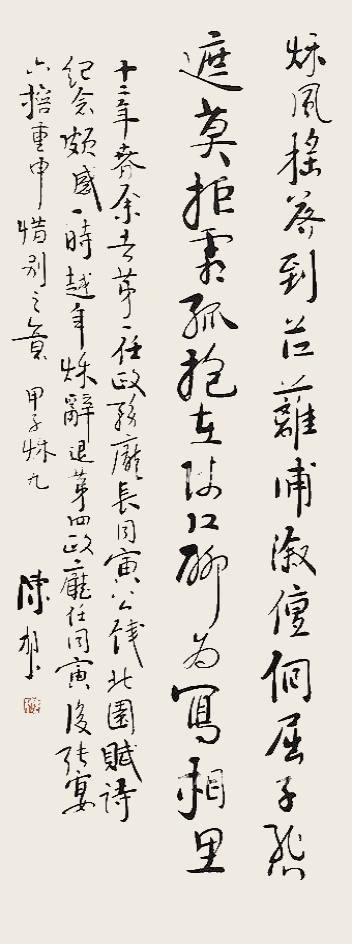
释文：秋风摇落到江篱，浦溆儃徊屈子怨；遮莫拒霜孤抱在，陵江聊为写相思。十二年春余去第一任政务厅长，同寅公饯北园，赋诗纪念颇感一时，越年秋辞退第四政厅任同寅后张宴口口重申惜别之意，甲子秋九陈树人。